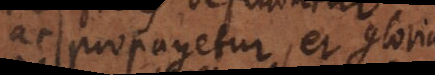
ac propagetur, et gloria